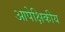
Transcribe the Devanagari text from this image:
आपेक्षिकीय